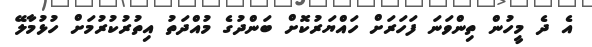
އެ ދެ މީހުން ތިންވަނަ ފަހަރަށް ހައްޔަރުކޮށް ބަންދުގެ މުއްދަތު އިތުރުކުރުމަށް ހުޅުމާލޭ